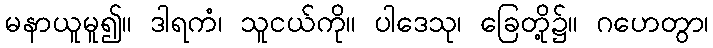
မနာယူမူ၍။ ဒါရကံ၊ သူငယ်ကို။ ပါဒေသု၊ ခြေတို့၌။ ဂဟေတွာ၊